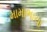
મામાભાચા